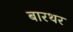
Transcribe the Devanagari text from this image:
बारथर